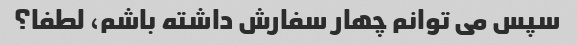
سپس می توانم چهار سفارش داشته باشم، لطفا؟